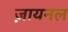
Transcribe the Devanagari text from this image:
ज़ायनल